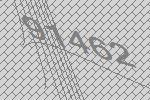
91462